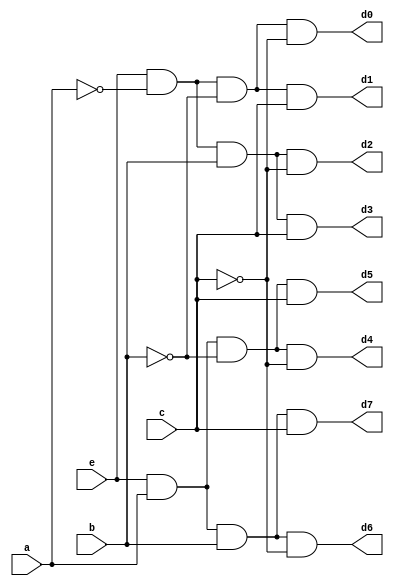
`timescale 1ns / 1ps
//////////////////////////////////////////////////////////////////////////////////
// Company: 
// Engineer: 
// 
// Design Name: 
// Module Name: Decoder_structural
// Project Name: 
// Target Devices: 
// Tool Versions: 
// Description: 
// 
// Dependencies: 
// 
// Revision:
// Revision 0.01 - File Created
// Additional Comments:
// 
//////////////////////////////////////////////////////////////////////////////////


module Decoder_structural(
    input e,
    input a,
    input b,
    input c,
    output d0,
    output d1,
    output d2,
    output d3,
    output d4,
    output d5,
    output d6,
    output d7
    );
   
    //Defining wires for not signals
    wire a_not, b_not, c_not;
   
    //Instantiating Not gates as per the schematic
    not n0 (a_not, a);
    not n1 (b_not, b);
    not n2 (c_not, c);
   
    //Instantiating And gates as per the schematic
    and g0 (d0, e, a_not, b_not, c_not);
    and g1 (d1, e, a_not, b_not, c);
    and g2 (d2, e, a_not, b, c_not);
    and g3 (d3, e, a_not, b, c);
    and g4 (d4, e, a, b_not, c_not);
    and g5 (d5, e, a, b_not, c);
    and g6 (d6, e, a, b, c_not);
    and g7 (d7, e, a, b, c);
   
   
   
   
endmodule